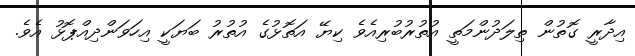
އިދާރީ ގޮތުން ތިލަދުންމަތީ އުތުރުބުރިއެވެ ކިޔޭ އަތޮޅުގެ އުތުރު ބަޔަކީ އިހަވަންދިއްޕޮޅު އެވެ.